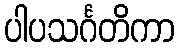
ပါပသင်္ဂတိကာ